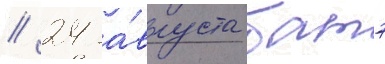
// 24 а́вгуста батэ